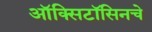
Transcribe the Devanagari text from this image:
ऑक्सिटॉसिनचे